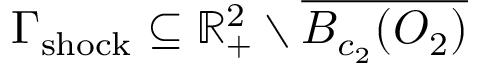
\Gamma _ { \mathrm { s h o c k } } \subseteq \mathbb { R } _ { + } ^ { 2 } \setminus \overline { { B _ { c _ { 2 } } ( O _ { 2 } ) } }